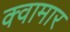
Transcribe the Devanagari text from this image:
क्वामार